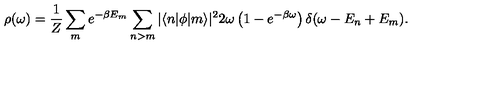
\rho ( \omega ) = { \frac { 1 } { Z } } \sum _ { m } e ^ { - \beta E _ { m } } \sum _ { n > m } \vert \langle n \vert \phi \vert m \rangle \vert ^ { 2 } 2 \omega \left( 1 - e ^ { - \beta \omega } \right) \delta ( \omega - E _ { n } + E _ { m } ) .